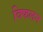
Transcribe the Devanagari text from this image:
विफलन